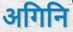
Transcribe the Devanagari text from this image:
अगिनि